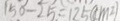
1 5 0 - 2 5 = 1 2 5 ( c m ^ { 2 } )